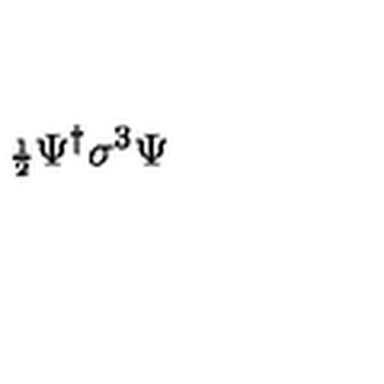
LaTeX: { \scriptstyle \frac { 1 } { 2 } } \Psi ^ { \dagger } \sigma ^ { 3 } \Psi